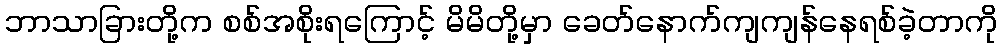
ဘာသာခြားတို့က စစ်အစိုးရကြောင့် မိမိတို့မှာ ခေတ်နောက်ကျကျန်နေရစ်ခဲ့တာကို